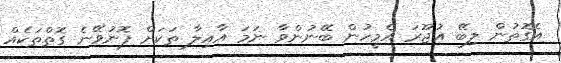
އެގޮތުން ލިބޭ އުޖޫރަ އެމީހުން ބޭނުންވާ ނަމަ އާއިލާ ތަކަށް ފޮނުވޭނެ ގޮތްތަކެއް